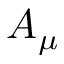
A _ { \mu }